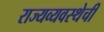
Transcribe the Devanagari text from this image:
राज्यव्यवस्थेची